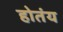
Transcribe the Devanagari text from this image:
होतंय